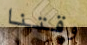
وقتنا